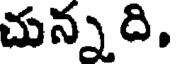
చున్న ది.